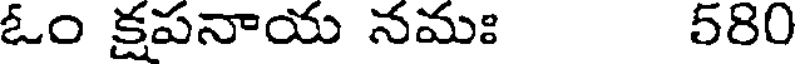
ఓం క్షపనాయ నమః 580